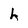
Character: h